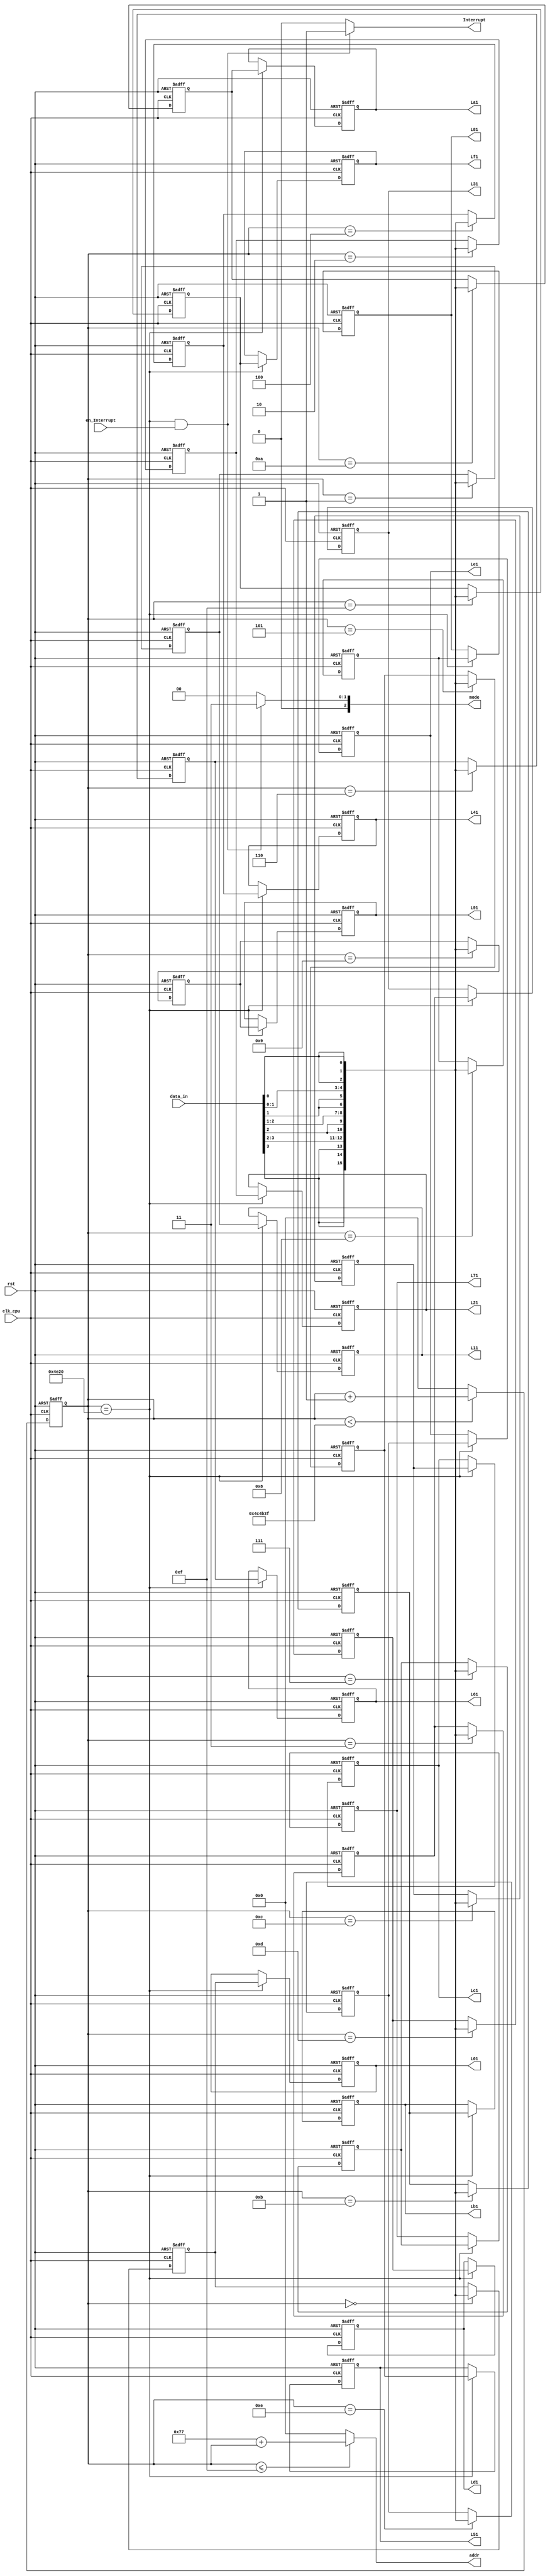
`timescale 1ns / 1ps
//////////////////////////////////////////////////////////////////////////////////
// Company: 
// Engineer: 
// 
// Design Name: 
// Module Name: LED_driver
// Project Name: 
// Target Devices: 
// Tool Versions: 
// Description: 
// 
// Dependencies: 
// 
// Revision:
// Revision 0.01 - File Created
// Additional Comments:
// 
//////////////////////////////////////////////////////////////////////////////////

module LED_Ctrl #(parameter cycles=4999999)(
    input clk_cpu,rst,en_Interrupt,
    input [31:0]data_in,
    output Interrupt,
    output [2:0]mode,
    output [31:0]addr,
    output reg [15:0]L01,L11,L21,L31,L41,L51,L61,L71,L81,L91,La1,Lb1,Lc1,Ld1,Le1,Lf1
    );
    localparam LED_RefreshCycles = cycles;//clk_cpu == 5Mhz
    localparam LED_IO_In_Mem = 32'd119;///////////////////////////
    localparam LED_IRQ = 3'b011;
    localparam point=20000;
    
    reg [31:0]cnt;
    wire [15:0]data;
    reg [15:0]L0,L1,L2,L3,L4,L5,L6,L7,L8,L9,La,Lb,Lc,Ld,Le,Lf;
    assign data = {data_in[3],data_in[3],data_in[3],data_in[3],data_in[2],data_in[2],data_in[2],data_in[2],data_in[1],data_in[1],data_in[1],data_in[1],data_in[0],data_in[0],data_in[0],data_in[0]};
    
    assign addr = (cnt<=15) ? (LED_IO_In_Mem+cnt):0;
    assign Interrupt = ((cnt==point) && (en_Interrupt)) ? 1:0;
    assign mode = ((cnt==point) && (en_Interrupt)) ? LED_IRQ:3'b000;
    always @ (posedge clk_cpu or posedge rst)//0
    begin
        if (rst)
        begin
            L0<=16'hffff;
            L1<=16'hffff;
            L2<=16'hffff;
            L3<=16'hffff;
            L4<=16'hffff;
            L5<=16'hffff;
            L6<=16'hffff;
            L7<=16'hffff;
            L8<=16'hffff;
            L9<=16'hffff;
            La<=16'hffff;
            Lb<=16'hffff;
            Lc<=16'hffff;
            Ld<=16'hffff;
            Le<=16'hffff;
            Lf<=16'hffff;
        end
        else 
        begin
            case (cnt)
                32'h0:L0<=data;
                32'h1:L1<=data;
                32'h2:L2<=data;
                32'h3:L3<=data;
                32'h4:L4<=data;
                32'h5:L5<=data;
                32'h6:L6<=data;
                32'h7:L7<=data;
                32'h8:L8<=data;
                32'h9:L9<=data;
                32'ha:La<=data;
                32'hb:Lb<=data;
                32'hc:Lc<=data;
                32'hd:Ld<=data;
                32'he:Le<=data;
                32'hf:Lf<=data;
                default:;
            endcase
        end
    end
    
    always @(posedge clk_cpu or posedge rst)
    begin
        if (rst)
        begin
            L01<=16'hffff;
            L11<=16'hffff;
            L21<=16'hffff;
            L31<=16'hffff;
            L41<=16'hffff;
            L51<=16'hffff;
            L61<=16'hffff;
            L71<=16'hffff;
            L81<=16'hffff;
            L91<=16'hffff;
            La1<=16'hffff;
            Lb1<=16'hffff;
            Lc1<=16'hffff;
            Ld1<=16'hffff;
            Le1<=16'hffff;
            Lf1<=16'hffff;
        end
        else
        begin
            if (cnt==point)
            begin
                L01<=L0;
                L11<=L1;
                L21<=L2;
                L31<=L3;
                L41<=L4;
                L51<=L5;
                L61<=L6;
                L71<=L7;
                L81<=L8;
                L91<=L9;
                La1<=La;
                Lb1<=Lb;
                Lc1<=Lc;
                Ld1<=Ld;
                Le1<=Le;
                Lf1<=Lf;
            end
        end
    end
    always @ (posedge clk_cpu or posedge rst)
    begin
        if (rst)
        begin
            cnt<=0;
        end
        else 
        begin
            if (cnt < LED_RefreshCycles)
                cnt<=cnt+1;
            else
                cnt<=0;
        end
    end
endmodule